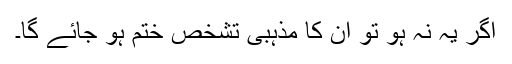
اگر یہ نہ ہو تو ان کا مذہبی تشخص ختم ہو جائے گا۔